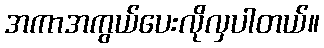
အကာအကွယ်ပေးလိုလှပါတယ်။